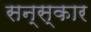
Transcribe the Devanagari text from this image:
सन्स्कार